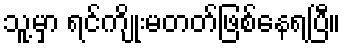
သူ့မှာ ရင်ကျိုးမတတ်ဖြစ်နေရပြီ။